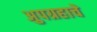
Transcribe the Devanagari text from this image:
अुपग्रहाचे